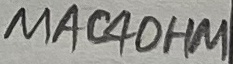
Text: MAC4OHM